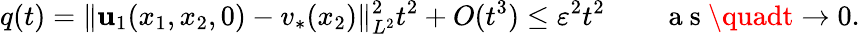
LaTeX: q(t)=\| \mathbf{u}_{1}(x_{1},x_{2},0)-v_{*}(x_{2})\| _{L^{2}}^{2}t^{2}+O(t^{3})\leq\varepsilon^{2}t^{2}\qquad\mathrm{{~a~s~}}\quadt\to0.